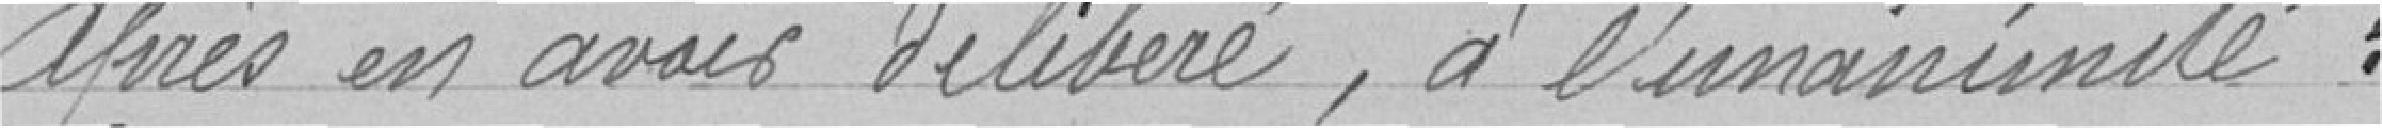
Après en avoir délibéré, à l'unanimité :